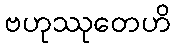
ဗဟုဿုတေဟိ